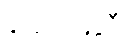
ယောပါနုဒီ